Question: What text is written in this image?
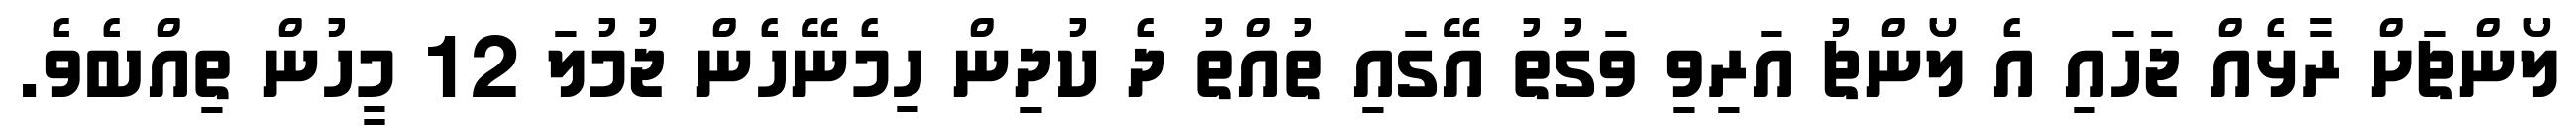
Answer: ލޯންޗަށް ރާޅެއް ޖަހައި އެ ލޯންޗު އަރިވި ވަގުތު އޭގައި ތުއްތު ދެ ކުދިން ހިމެނޭހެން ޖުމުލަ 12 މީހުން ތިއްބެވެ.